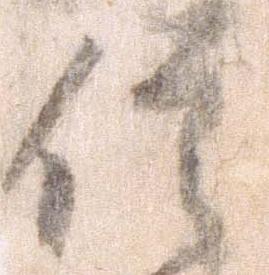
信